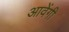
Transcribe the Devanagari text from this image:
आवेंगी